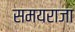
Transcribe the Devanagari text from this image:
समयराजा